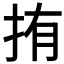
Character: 𭠥